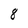
Character: 8